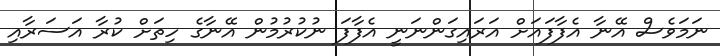
ނަމަވެސް އޭނާ އެފާފައަށް އަރައިގަންނަނީ އެފާފަ ނުކުރުމުން އޭނާގެ ހިތަށް ކުރާ އަސަރާއި